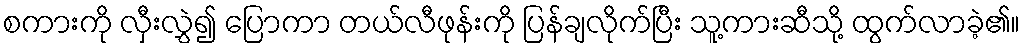
စကားကို လှီးလွှဲ၍ ပြောကာ တယ်လီဖုန်းကို ပြန်ချလိုက်ပြီး သူ့ကားဆီသို့ ထွက်လာခဲ့၏။